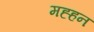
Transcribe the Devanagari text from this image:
मह्हन